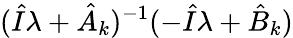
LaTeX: (\hat{I}\lambda+\hat{A}_{k})^{-1}(-\hat{I}\lambda+\hat{B}_{k})